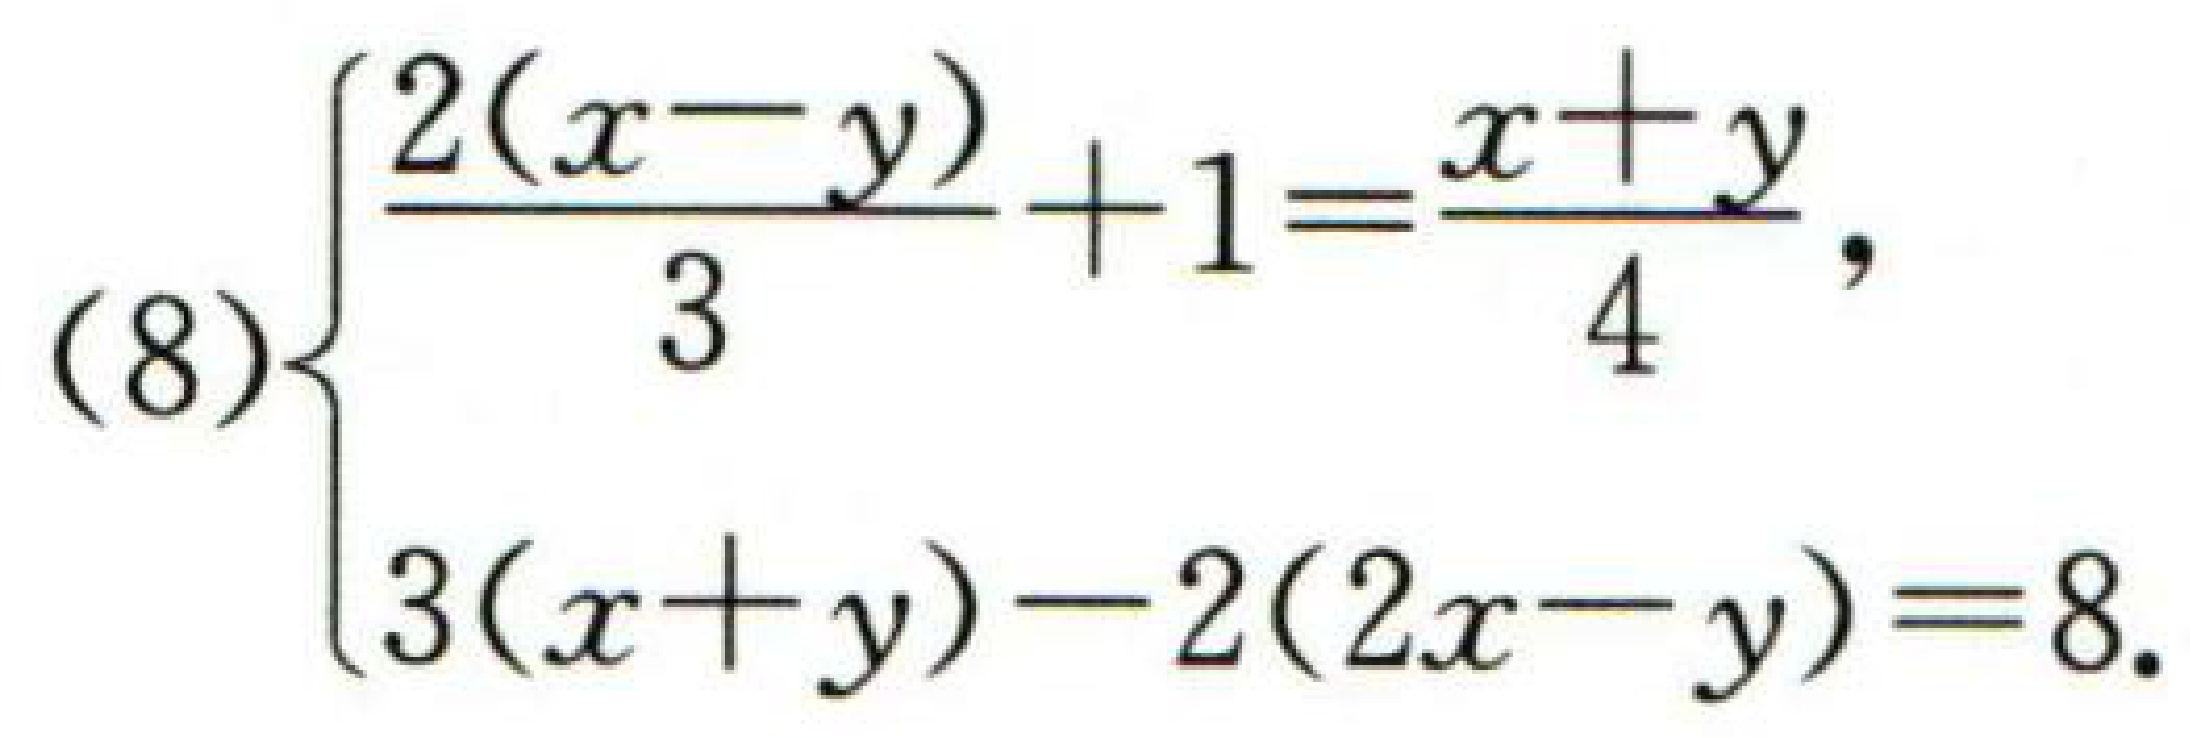
\((8)\begin{cases}
\frac{2(x - y)}{3}+1=\frac{x + y}{4},\\
3(x + y)-2(2x - y)=8.
\end{cases}\)